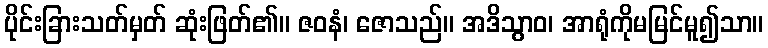
ပိုင်းခြားသတ်မှတ် ဆုံးဖြတ်၏။ ဇဝနံ၊ ဇောသည်။ အဒိသွာဝ၊ အာရုံကိုမမြင်မူ၍သာ။